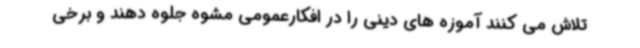
تلاش می کنند آموزه های دینی را در افکارعمومی مشوه جلوه دهند و برخی